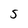
Character: S